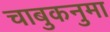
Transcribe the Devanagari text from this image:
चाबुकनुमा